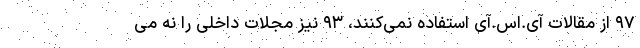
۹۷ از مقالات آی.اس.آی استفاده نمی‌کنند، ۹۳ نیز مجلات داخلی را نه می